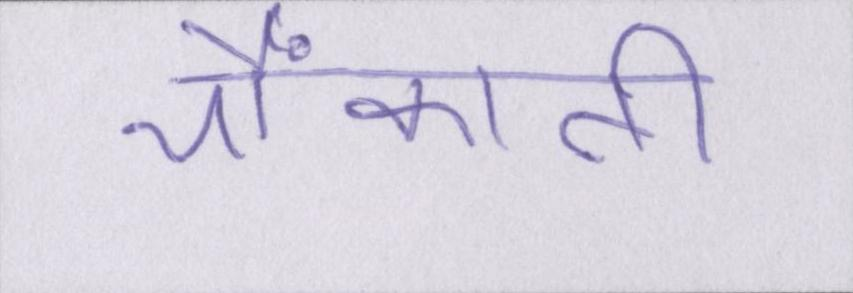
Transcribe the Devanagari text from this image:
चौंकाती